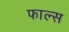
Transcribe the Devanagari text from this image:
फाल्‍स